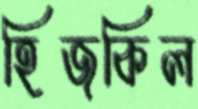
হিজকিল